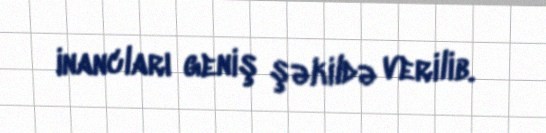
inancları geniş şəkildə verilib.